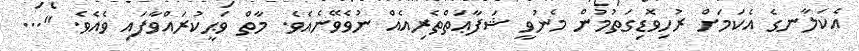
އެކަލާނގެ އެކަމަށް ރުހިވޮޑިގަތުމުން މެނުވީ ޝަފާޢަތްތެރިއެެއް ނުވެވޭނެއެވެ. މާތް ވަޙީކުރައްވާފައި ވެއެވެ. "...